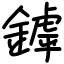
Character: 鏬